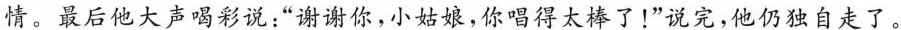
情。最后他大声喝彩说：”谢谢你，小姑娘，你唱得太棒了！”说完，他仍独自走了。